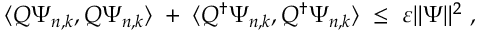
\langle Q \Psi _ { n , k } , Q \Psi _ { n , k } \rangle \; + \; \langle Q ^ { \dagger } \Psi _ { n , k } , Q ^ { \dagger } \Psi _ { n , k } \rangle \; \leq \; \varepsilon \Vert \Psi \Vert ^ { 2 } \ ,